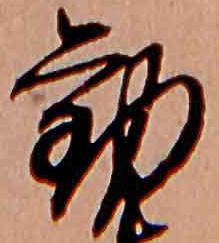
勧